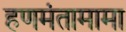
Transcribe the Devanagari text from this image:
हणमंतामामा